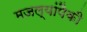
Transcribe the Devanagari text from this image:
मजल्यांपैकी